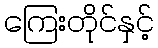
ကြေးတိုင်နှင့်